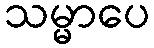
သမ္မာပေ